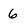
Character: 6